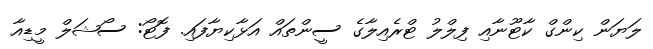
ލަޔަން ކިންގް ކާޓޫނާއި ފިލްލު ޓްރެއިލާގެ ސީންތައް އަޅާކިޔާފައި. ފޮޓޯ: ސޯޝަލް މީޑިއާ